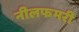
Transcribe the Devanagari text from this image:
नीलफमरी